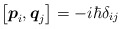
\begin{align*}\left[ {\mbox{\boldmath{$p$}}}_i, {\mbox{\boldmath{$q$}}}_j\right]=-i \hbar \delta_{ij}\end{align*}